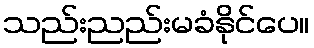
သည်းညည်းမခံနိုင်ပေ။